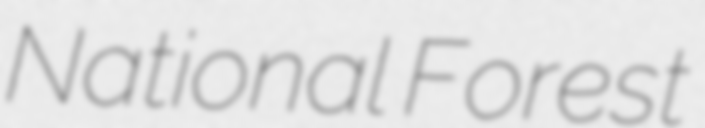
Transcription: National Forest